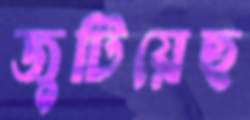
জুটিয়েছ